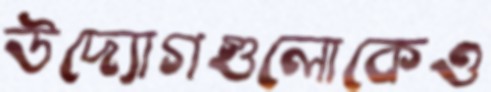
উদ্যোগগুলোকেও